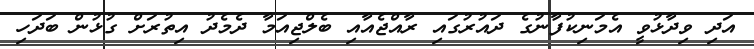
އަދި ވިދާޅުވީ އެމަނިކުފާނުގެ ދައުރުގައި ރާއްޖެއާއި ބެލްޖިއަމާ ދެމެދު އިތުރަށް ގުޅުން ބަދަހި